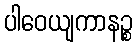
ပါဝေယျကာနဉ္စ